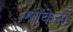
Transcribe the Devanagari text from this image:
मोंकेस